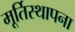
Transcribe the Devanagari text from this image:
मूर्तिस्थापना